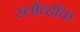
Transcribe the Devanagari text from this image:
स्लोव्हॉक